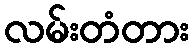
လမ်းတံတား